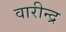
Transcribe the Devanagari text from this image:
वारीन्द्र